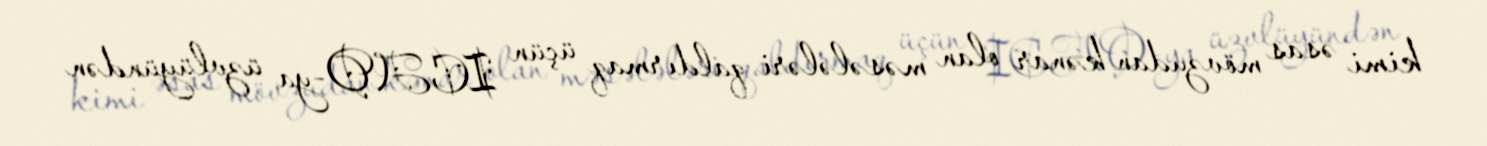
kimi əsas mövzudan kənar olan məsələləri qaldırmaq üçün ICAO-ya üzvlüyündən